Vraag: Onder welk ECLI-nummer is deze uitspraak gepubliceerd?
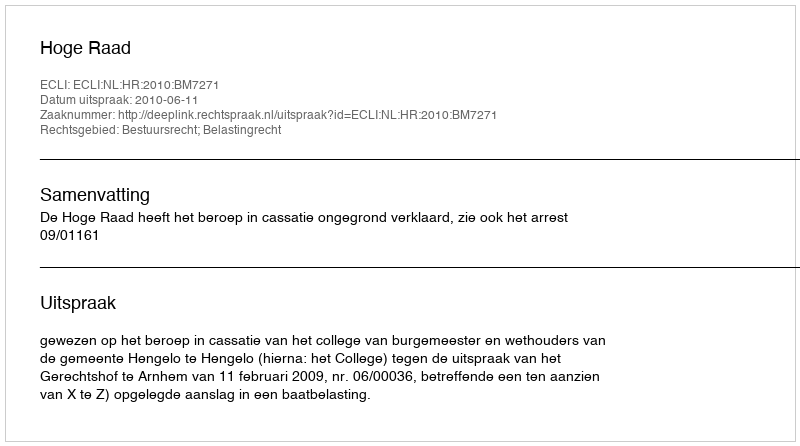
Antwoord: ECLI:NL:HR:2010:BM7271